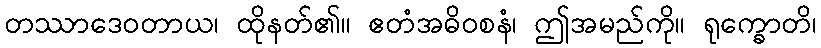
တဿာဒေဝတာယ၊ ထိုနတ်၏။ ဧတံအဓိဝစနံ၊ ဤအမည်ကို။ ရုက္ခောတိ၊